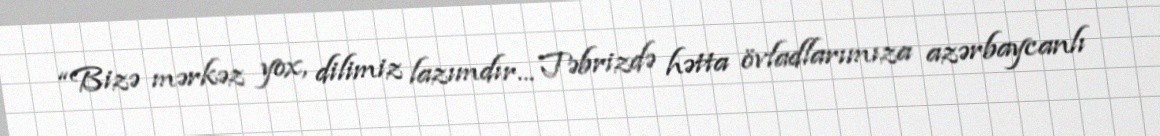
“Bizə mərkəz yox, dilimiz lazımdır... Təbrizdə hətta övladlarımıza azərbaycanlı